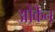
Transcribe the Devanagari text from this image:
ओकेन